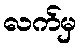
လက်မှ